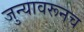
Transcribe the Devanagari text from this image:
जुन्यावरूनच